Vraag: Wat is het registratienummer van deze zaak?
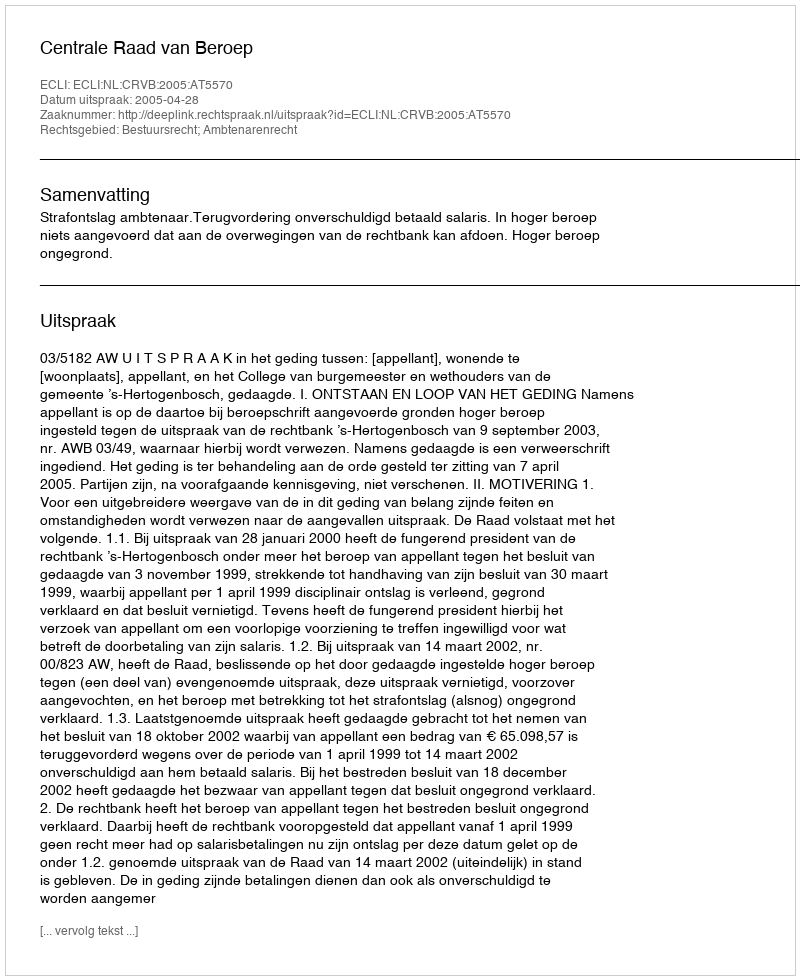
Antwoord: http://deeplink.rechtspraak.nl/uitspraak?id=ECLI:NL:CRVB:2005:AT5570